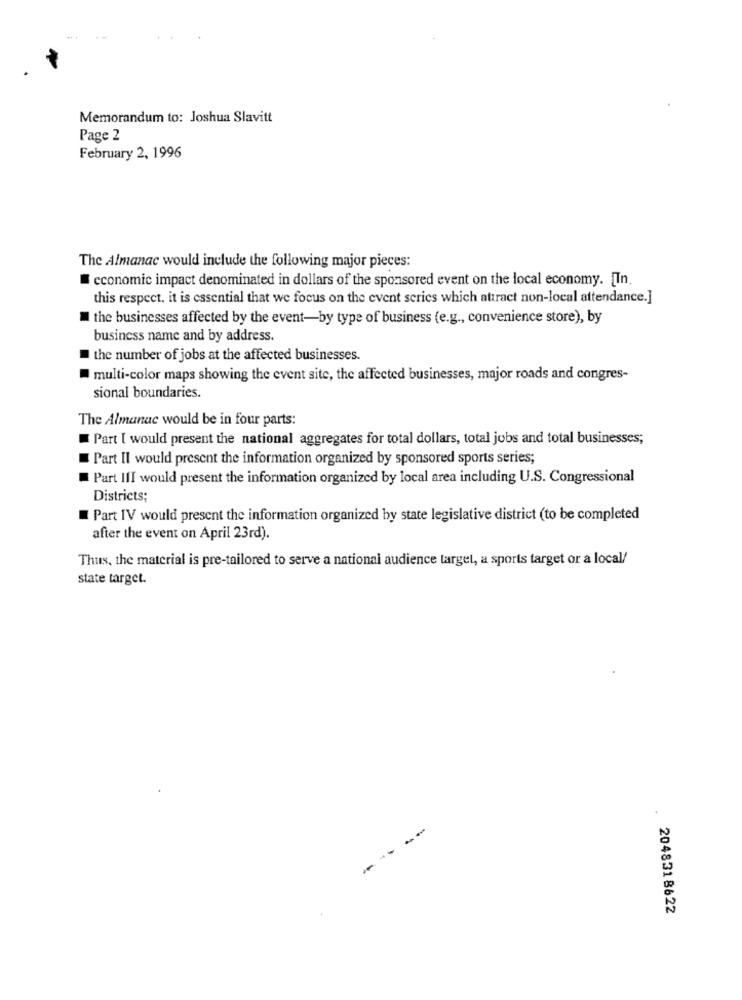
Memorandum to: Joshua Slavitt
Page 2
February 2, 1996
The Almanac would include the following major pieces:
economic impact denominated in dollars of the sponsored event on the local economy. [In.
this respect. it is essential that we focus on the event series which attract non-local attendance.]
the businesses affected by the event-by type of business (e.g ., convenience store), by
business name and by address.
the number of jobs at the affected businesses.
multi-color maps showing the event site, the affected businesses, major roads and congres-
sional boundaries.
The Almanac would be in four parts:
Part I would present the national aggregates for total dollars, total jobs and total businesses;
Part Il would present the information organized by sponsored sports series;
Part III would present the information organized by local area including U.S. Congressional
Districts;
Part IV would present the information organized by state legislative district (to be completed
after the event on April 23rd).
Thus, the material is pre-tailored to serve a national audience target, a sports target or a local/
state target.
-
2048318622